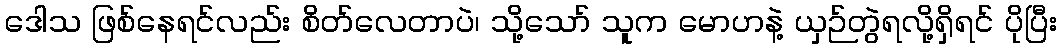
ဒေါသ ဖြစ်နေရင်လည်း စိတ်လေတာပဲ၊ သို့သော် သူက မောဟနဲ့ ယှဉ်တွဲရလို့ရှိရင် ပိုပြီး